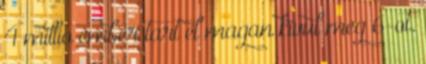
4 millio ember tart el magan kivul meg 6-ot.